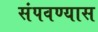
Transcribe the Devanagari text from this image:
संपवण्यास